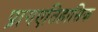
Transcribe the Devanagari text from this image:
प्रागएतिहासिक